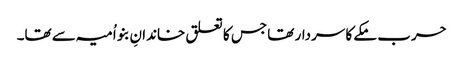
حرب مکے کا سردار تھا جس کا تعلق خاندانِ بنو اُمیہ سے تھا۔